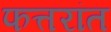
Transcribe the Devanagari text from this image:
फत्तरांत